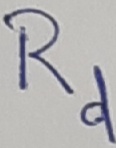
Text: Rd